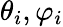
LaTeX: \theta_{i},\varphi_{i}